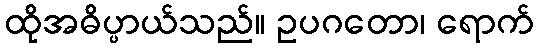
ထိုအဓိပ္ပာယ်သည်။ ဥပဂတော၊ ရောက်